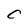
Character: C